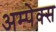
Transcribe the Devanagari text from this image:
अम्पेक्स